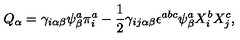
Q _ { \alpha } = \gamma _ { i \alpha \beta } \psi _ { \beta } ^ { a } \pi _ { i } ^ { a } - \frac { 1 } { 2 } \gamma _ { i j \alpha \beta } \epsilon ^ { a b c } \psi _ { \beta } ^ { a } X _ { i } ^ { b } X _ { j } ^ { c } ,